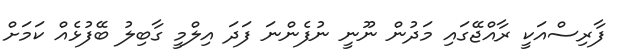
ފާރިސްއަކީ ރާއްޖޭގައި މަދުން ނޫނީ ނުފެންނަ ފަދަ އިލްމީ ގާބިލު ބޭފުޅެއް ކަމަށް